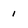
Character: 1